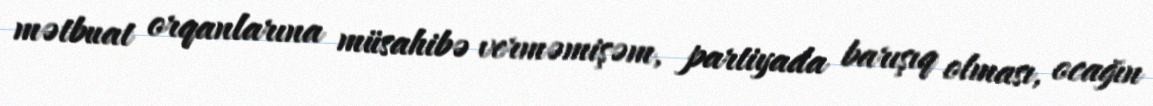
mətbuat orqanlarına müsahibə verməmişəm, partiyada barışıq olması, ocağın